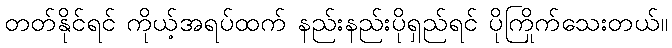
တတ်နိုင်ရင် ကိုယ့်အရပ်ထက် နည်းနည်းပိုရှည်ရင် ပိုကြိုက်သေးတယ်။